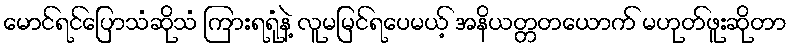
မောင်ရင်ပြောသံဆိုသံ ကြားရရုံနဲ့ လူမမြင်ရပေမယ့် အနိယတ္တတယောက် မဟုတ်ဖူးဆိုတာ